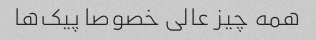
همه چیز عالی خصوصا پیک‌ها